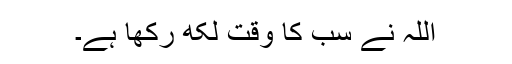
اللہ نے سب کا وقت لکھ رکھا ہے۔